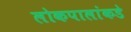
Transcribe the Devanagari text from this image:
लोकपालांकडे